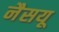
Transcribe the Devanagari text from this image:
नैसयू